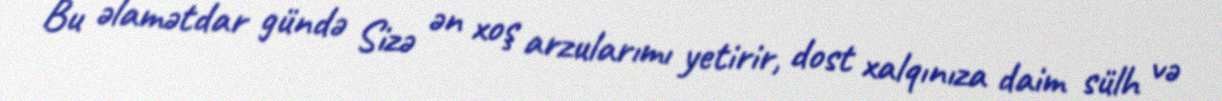
Bu əlamətdar gündə Sizə ən xoş arzularımı yetirir, dost xalqınıza daim sülh və